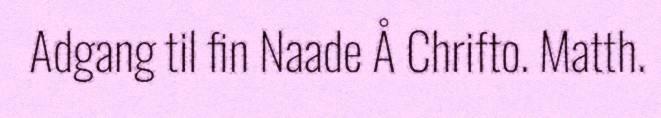
Adgang til fin Naade Å Chrifto. Matth.